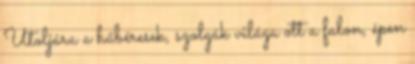
Utoljára a hűbéresek, szolgák világa ott a falon, épen